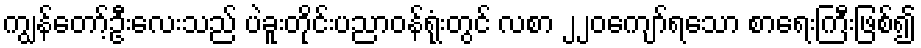
ကျွန်တော့်ဦးလေးသည် ပဲခူးတိုင်းပညာဝန်ရုံးတွင် လစာ ၂၂၀ကျော်ရသော စာရေးကြီးဖြစ်၍